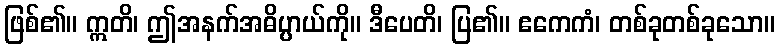
ဖြစ်၏။ ဣတိ၊ ဤအနက်အဓိပ္ပာယ်ကို။ ဒီပေတိ၊ ပြ၏။ ဧကေကံ၊ တစ်ခုတစ်ခုသော။